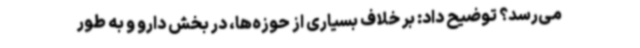
می‌رسد؟ توضیح داد: بر خلاف بسیاری از حوزه‌ها، در بخش دارو و به طور